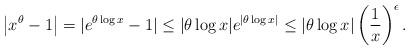
LaTeX: \begin{align*}\left|x^\theta -1\right| = |e^{\theta \log x} -1| \leq |\theta\log x|e^{|\theta \log x|} \leq |\theta\log x|\left(\frac{1}{x}\right)^{\epsilon}.\end{align*}